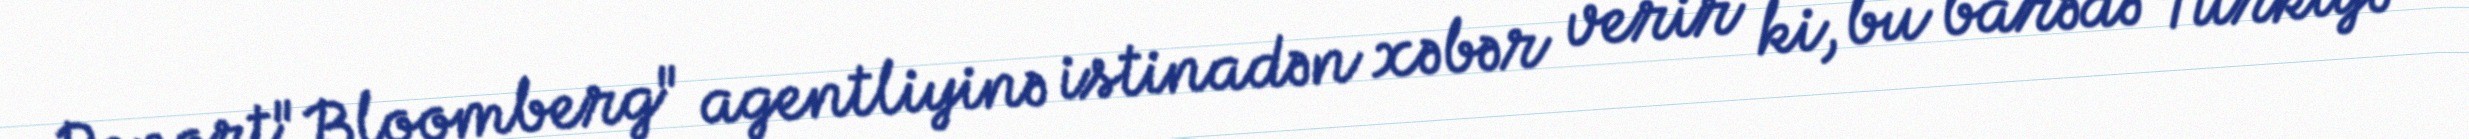
Report"Bloomberg" agentliyinə istinadən xəbər verir ki, bu barədə Türkiyə